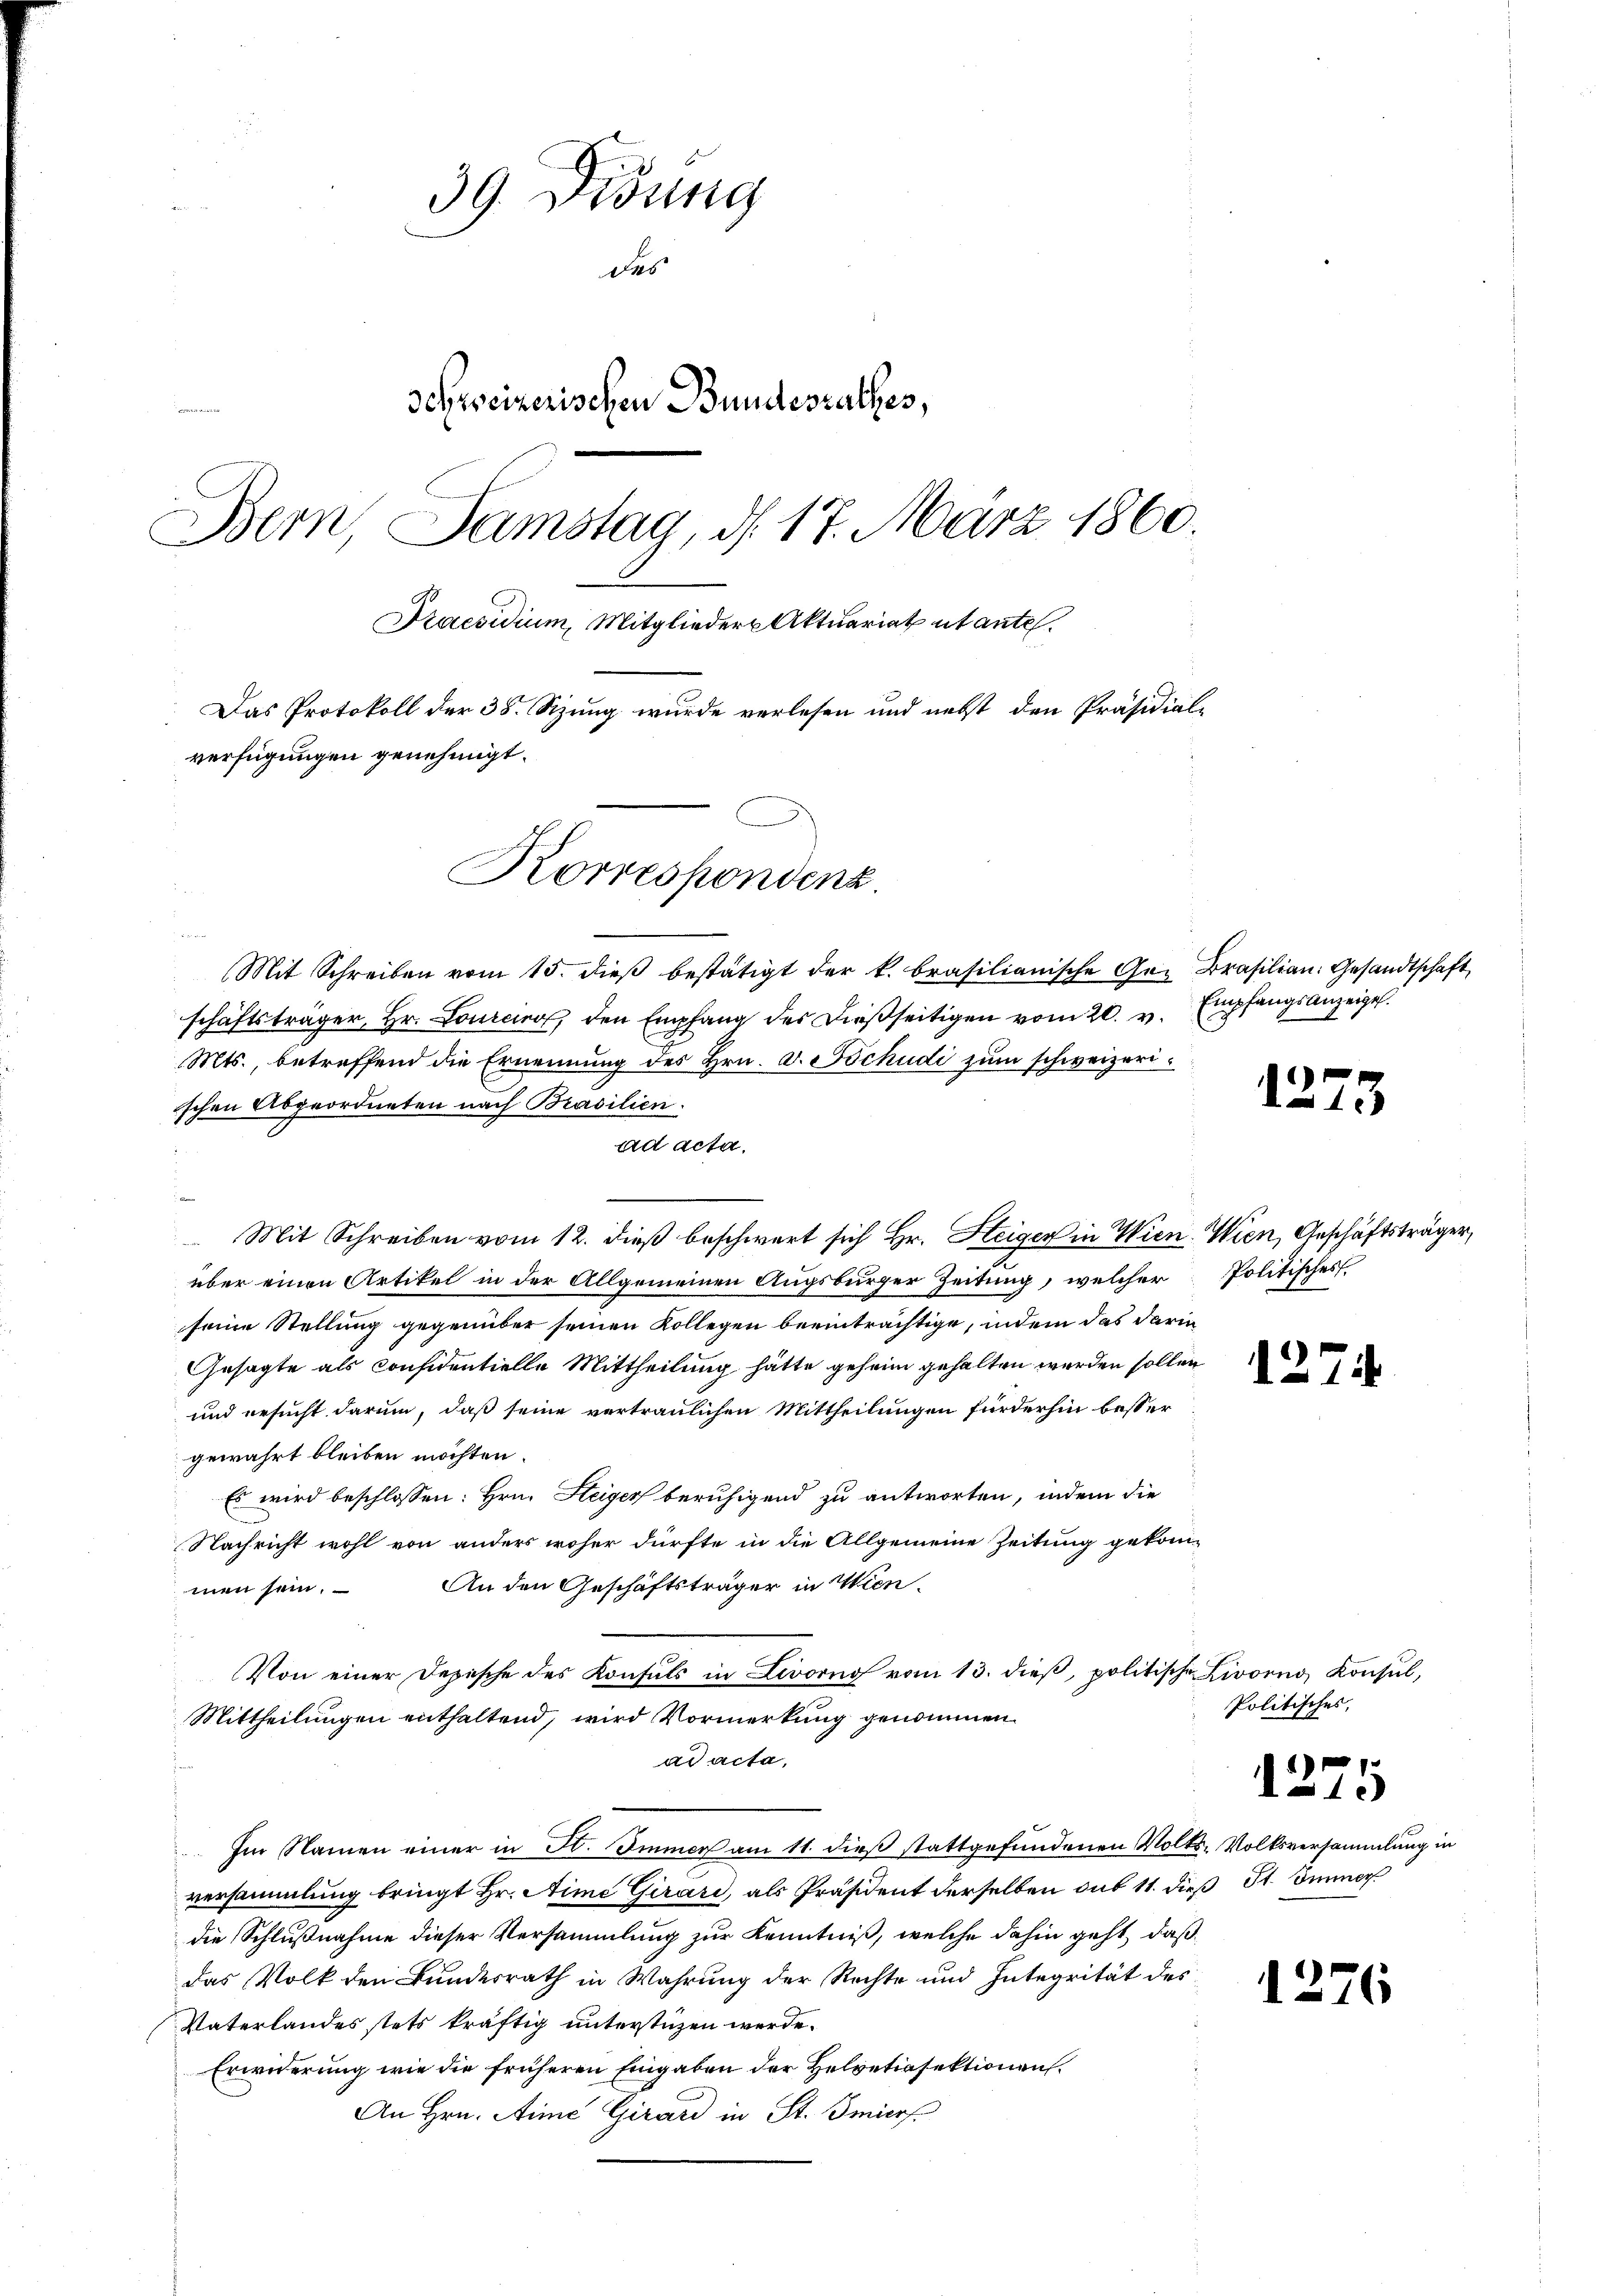
39 Didung
des
dehweizerischen Bundesrathes,
Bern, Samstag, d. 17. März 1860.
Praesidium, Mitglieder Aktuariat et antel.
Das Protokoll der 38. Szung wurde verlesen und nebst den Präsidial-
verfügungen genehmigt.
Korrespondenz.
i

Mit Schreiben vom 15. dieβ bestätigt der k. brasilianische Gr. Brasilian Gesandtschaft
schäftsträger, Hr. Lourcino, den Empfang des dießseitigen vom 20. v. Empfangsanzeigel.
Mts., betreffend die Ernennung des Hrn. F. Schudi zum schweizerischen Abgeordneten nach Brasilien.
Mit Schreiben vom 12. dieß beschwert sich Hr. Heiger in Wien. Wien, Geschäftsträger,
über einen Artikel in der Allgemeinen Augsburger Zeitung, welcher Politisches
seine Stellung gegenüber seinen Kollegen beeinträchtige, indem das darin
Gesagte als considentielle Mittheilung hätte geheim gehalten werden sollen
und ersucht darum, daß seine vertraulichen Mittheilungen fürderhin besser
gewährt bleiben möchten.
Es wird beschlossen: Hrn. Steiger beruhigend zu antworten, indem die
Nachricht wohl von anders woher dürfte in die Allgemeine Zeitung gekom-
An den Geschäftsträger in Wien.
men sein.
Von einer Depische des Konsuls in Livorno vom 13. dieβ, politische Livorno, Konsul,
Mittheilungen enthaltend, wird Vormerkung genommen.
ad acta,
 Im Namen einer in H. Immer am 11. dieß stattgefundenen Volks-Volksversammlung in
versammlung bringt Hr. Aime Girard, als Präsident derselben sub 11. dieß St. Immer
die Schlußnahme dieser Versammlung zur Kenntniß, welche dahin geht, daß
das Volk den Bundesrath in Wahrung der Rechte und Integrität des
Vaterlandes stets kräftig unterstüzen werde.
Erwiderung wie die früheren Eingaben der Helvetiasektionen.
An Hrn. Aime Girard in St. Gmiers.

ad acta.

1273

1274

Politisches,

1275

1276